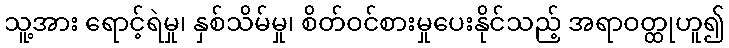
သူ့အား ရောင့်ရဲမှု၊ နှစ်သိမ်မှု၊ စိတ်ဝင်စားမှုပေးနိုင်သည့် အရာဝတ္ထုဟူ၍